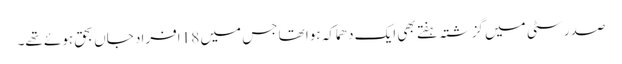
صدر سٹی میں گزشتہ ہفتے بھی ایک دھماکہ ہوا تھا جس میں 18 افراد جاں بحق ہوئے تھے۔